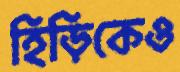
হিড়িকেও